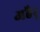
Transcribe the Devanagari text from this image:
अहैर्